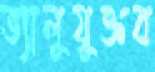
ভ্যালুযুক্তব